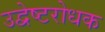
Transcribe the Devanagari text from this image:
उद्वेष्टरोधक